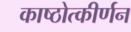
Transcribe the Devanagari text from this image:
काष्ठोत्कीर्णन